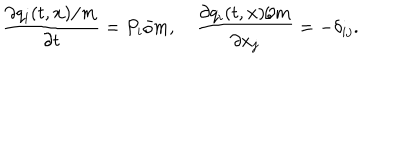
LaTeX: \frac { \partial { q _ { i } ( t , { \bf x } ) / m } } { \partial { t } } = P _ { i } / m , \quad \frac { \partial { q _ { i } ( t , { \bf x } ) / m } } { \partial { x _ { j } } } = - { \delta } _ { i j } .